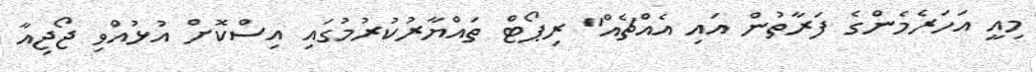
މިއީ އަހަރެމެންގެ ފަރާތުން އައި އެއްޗެއް" ރިޕޯޓް ތައްޔާރުކުރުމުގައި އިސްކޮށް އުޅުއްވި ޖޯޖިއާ